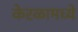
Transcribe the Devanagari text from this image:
केरळामध्ये